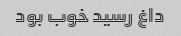
داغ رسید خوب بود